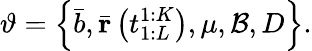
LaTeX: \vartheta=\left\{ \bar{b},\bar{\mathbf{r}}\left(t_{1:L}^{1:K}\right),\mu,\mathcal{B},D\right\} .